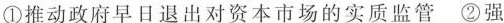
①推动政府早日退出对资本市场的实质监管②强